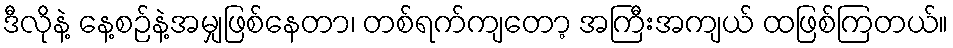
ဒီလိုနဲ့ နေ့စဉ်နဲ့အမျှဖြစ်နေတာ၊ တစ်ရက်ကျတော့ အကြီးအကျယ် ထဖြစ်ကြတယ်။